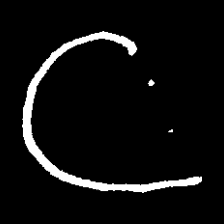
Pyu character \u2014 Myanmar letter: ဋ (romanized: tta)